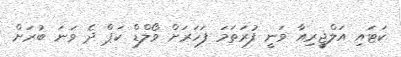
ކަޓައި އަލްޖީރިއާ ވަނީ ފުރަތަމަ ފަހަރަށް ވޯލްޑް ކަޕް ދެ ވަނަ ބުރަށް